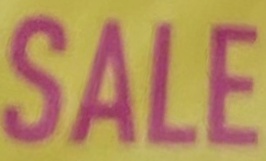
SALE